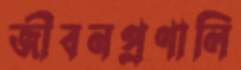
জীবনপ্রণালি